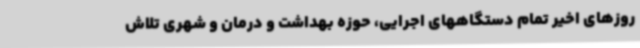
روزهای اخیر تمام دستگاههای اجرایی، حوزه بهداشت و درمان و شهری تلاش